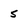
Character: 5